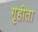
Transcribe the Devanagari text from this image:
गृहीता